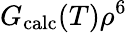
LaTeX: G_{\mathrm{calc}}(T)\rho^{6}